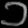
Digit: ၁